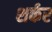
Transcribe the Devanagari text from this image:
शर्कर